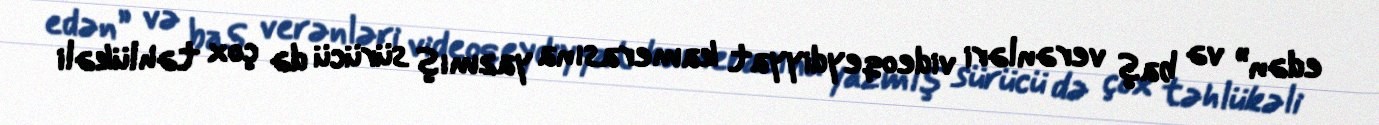
edən” və baş verənləri videoqeydiyyat kamerasına yazmış sürücü də çox təhlükəli